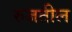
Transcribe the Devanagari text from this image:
रुजतील